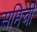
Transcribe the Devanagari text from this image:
समिची